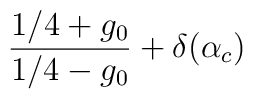
\frac{1/4+g_0}{1/4-g_0}+\delta(\alpha_c)